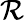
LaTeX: \mathcal{R}^{}